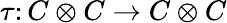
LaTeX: \tau\colon C\otimes C\to C\otimes C